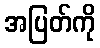
အပြတ်ကို